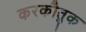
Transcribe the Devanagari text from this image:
करकौतुक